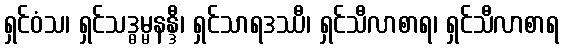
ရှင်ဝံသ၊ ရှင်သဒ္ဓမ္မနန္ဒီ၊ ရှင်သာရဒဿီ၊ ရှင်သီလာစာရ၊ ရှင်သီလာစာရ